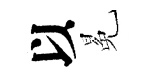
以冕